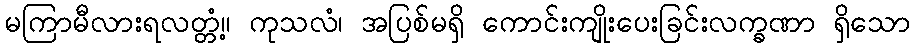
မကြာမီလားရလတ္တံ့။ ကုသလံ၊ အပြစ်မရှိ ကောင်းကျိုးပေးခြင်းလက္ခဏာ ရှိသော